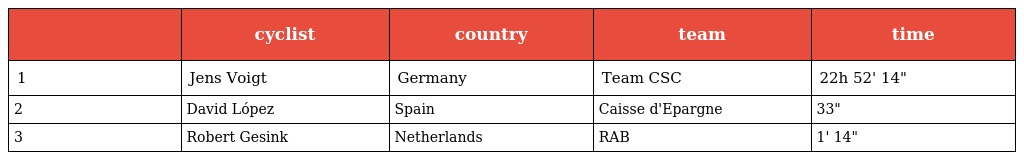
|  | cyclist | country | team | time |
 | --- | --- | --- | --- | --- |
 | 1 | Jens Voigt | Germany | Team CSC | 22h 52' 14" |
 | 2 | David López | Spain | Caisse d'Epargne | 33" |
 | 3 | Robert Gesink | Netherlands | RAB | 1' 14" |